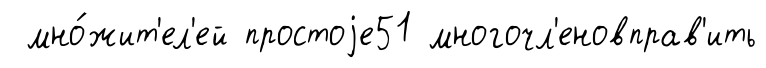
мно́жит'ел'ей простоjе51 многочл'еновправ'ить